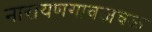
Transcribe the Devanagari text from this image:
नारायणगावजवळ